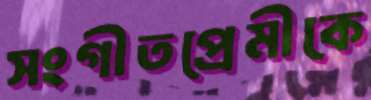
সংগীতপ্রেমীকে